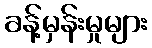
ခန့်မှန်းမှုများ